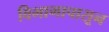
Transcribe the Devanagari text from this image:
विभागापासून